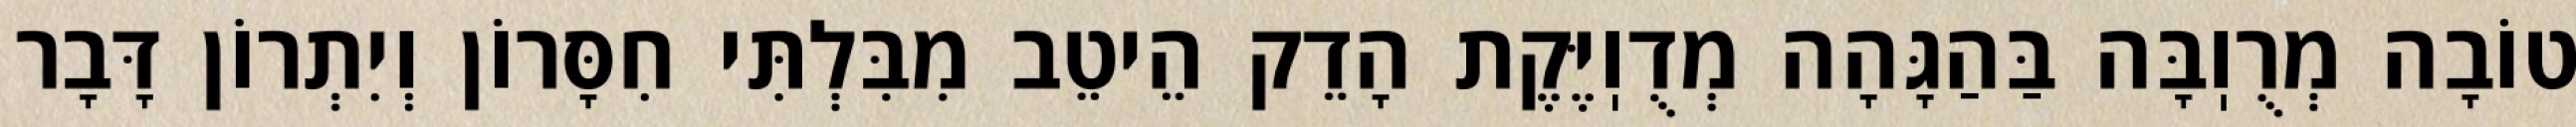
טוֹבָה מְרֻוֽבָּה בַּהַגָּהָה מְדֻוֽיֶּקֶת הָדֵק הֵיטֵב מִבִּלְתִּי חִסָּרוֹן וְיִתְרוֹן דָּבָר